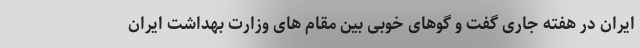
ایران در هفته جاری گفت و گوهای خوبی بین مقام های وزارت بهداشت ایران